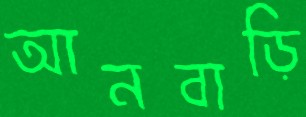
আনবাড়ি